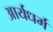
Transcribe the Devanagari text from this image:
आर्यधर्म